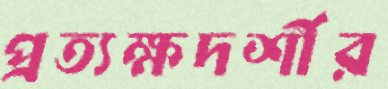
প্রত্যক্ষদর্শীর